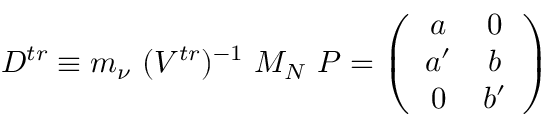
D ^ { t r } \equiv m _ { \nu } \ ( V ^ { t r } ) ^ { - 1 } \ M _ { N } \ { \cal P } = \left( \begin{array} { c c } { { a } } & { { 0 } } \\ { { a ^ { \prime } } } & { { b } } \\ { { 0 } } & { { b ^ { \prime } } } \end{array} \right)